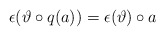
\begin{align*}\epsilon(\vartheta\circ q(a))=\epsilon(\vartheta)\circ a\end{align*}